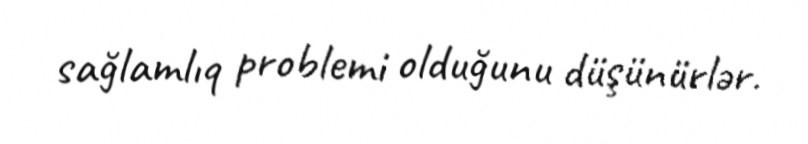
sağlamlıq problemi olduğunu düşünürlər.